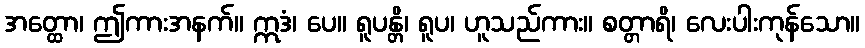
အတ္ထော၊ ဤကားအနက်။ ဣဒံ၊ ပေ။ ရူပန္တိ၊ ရူပ၊ ဟူသည်ကား။ စတ္တာရိ၊ လေးပါးကုန်သော။